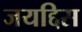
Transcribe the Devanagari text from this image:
जयद्दिस